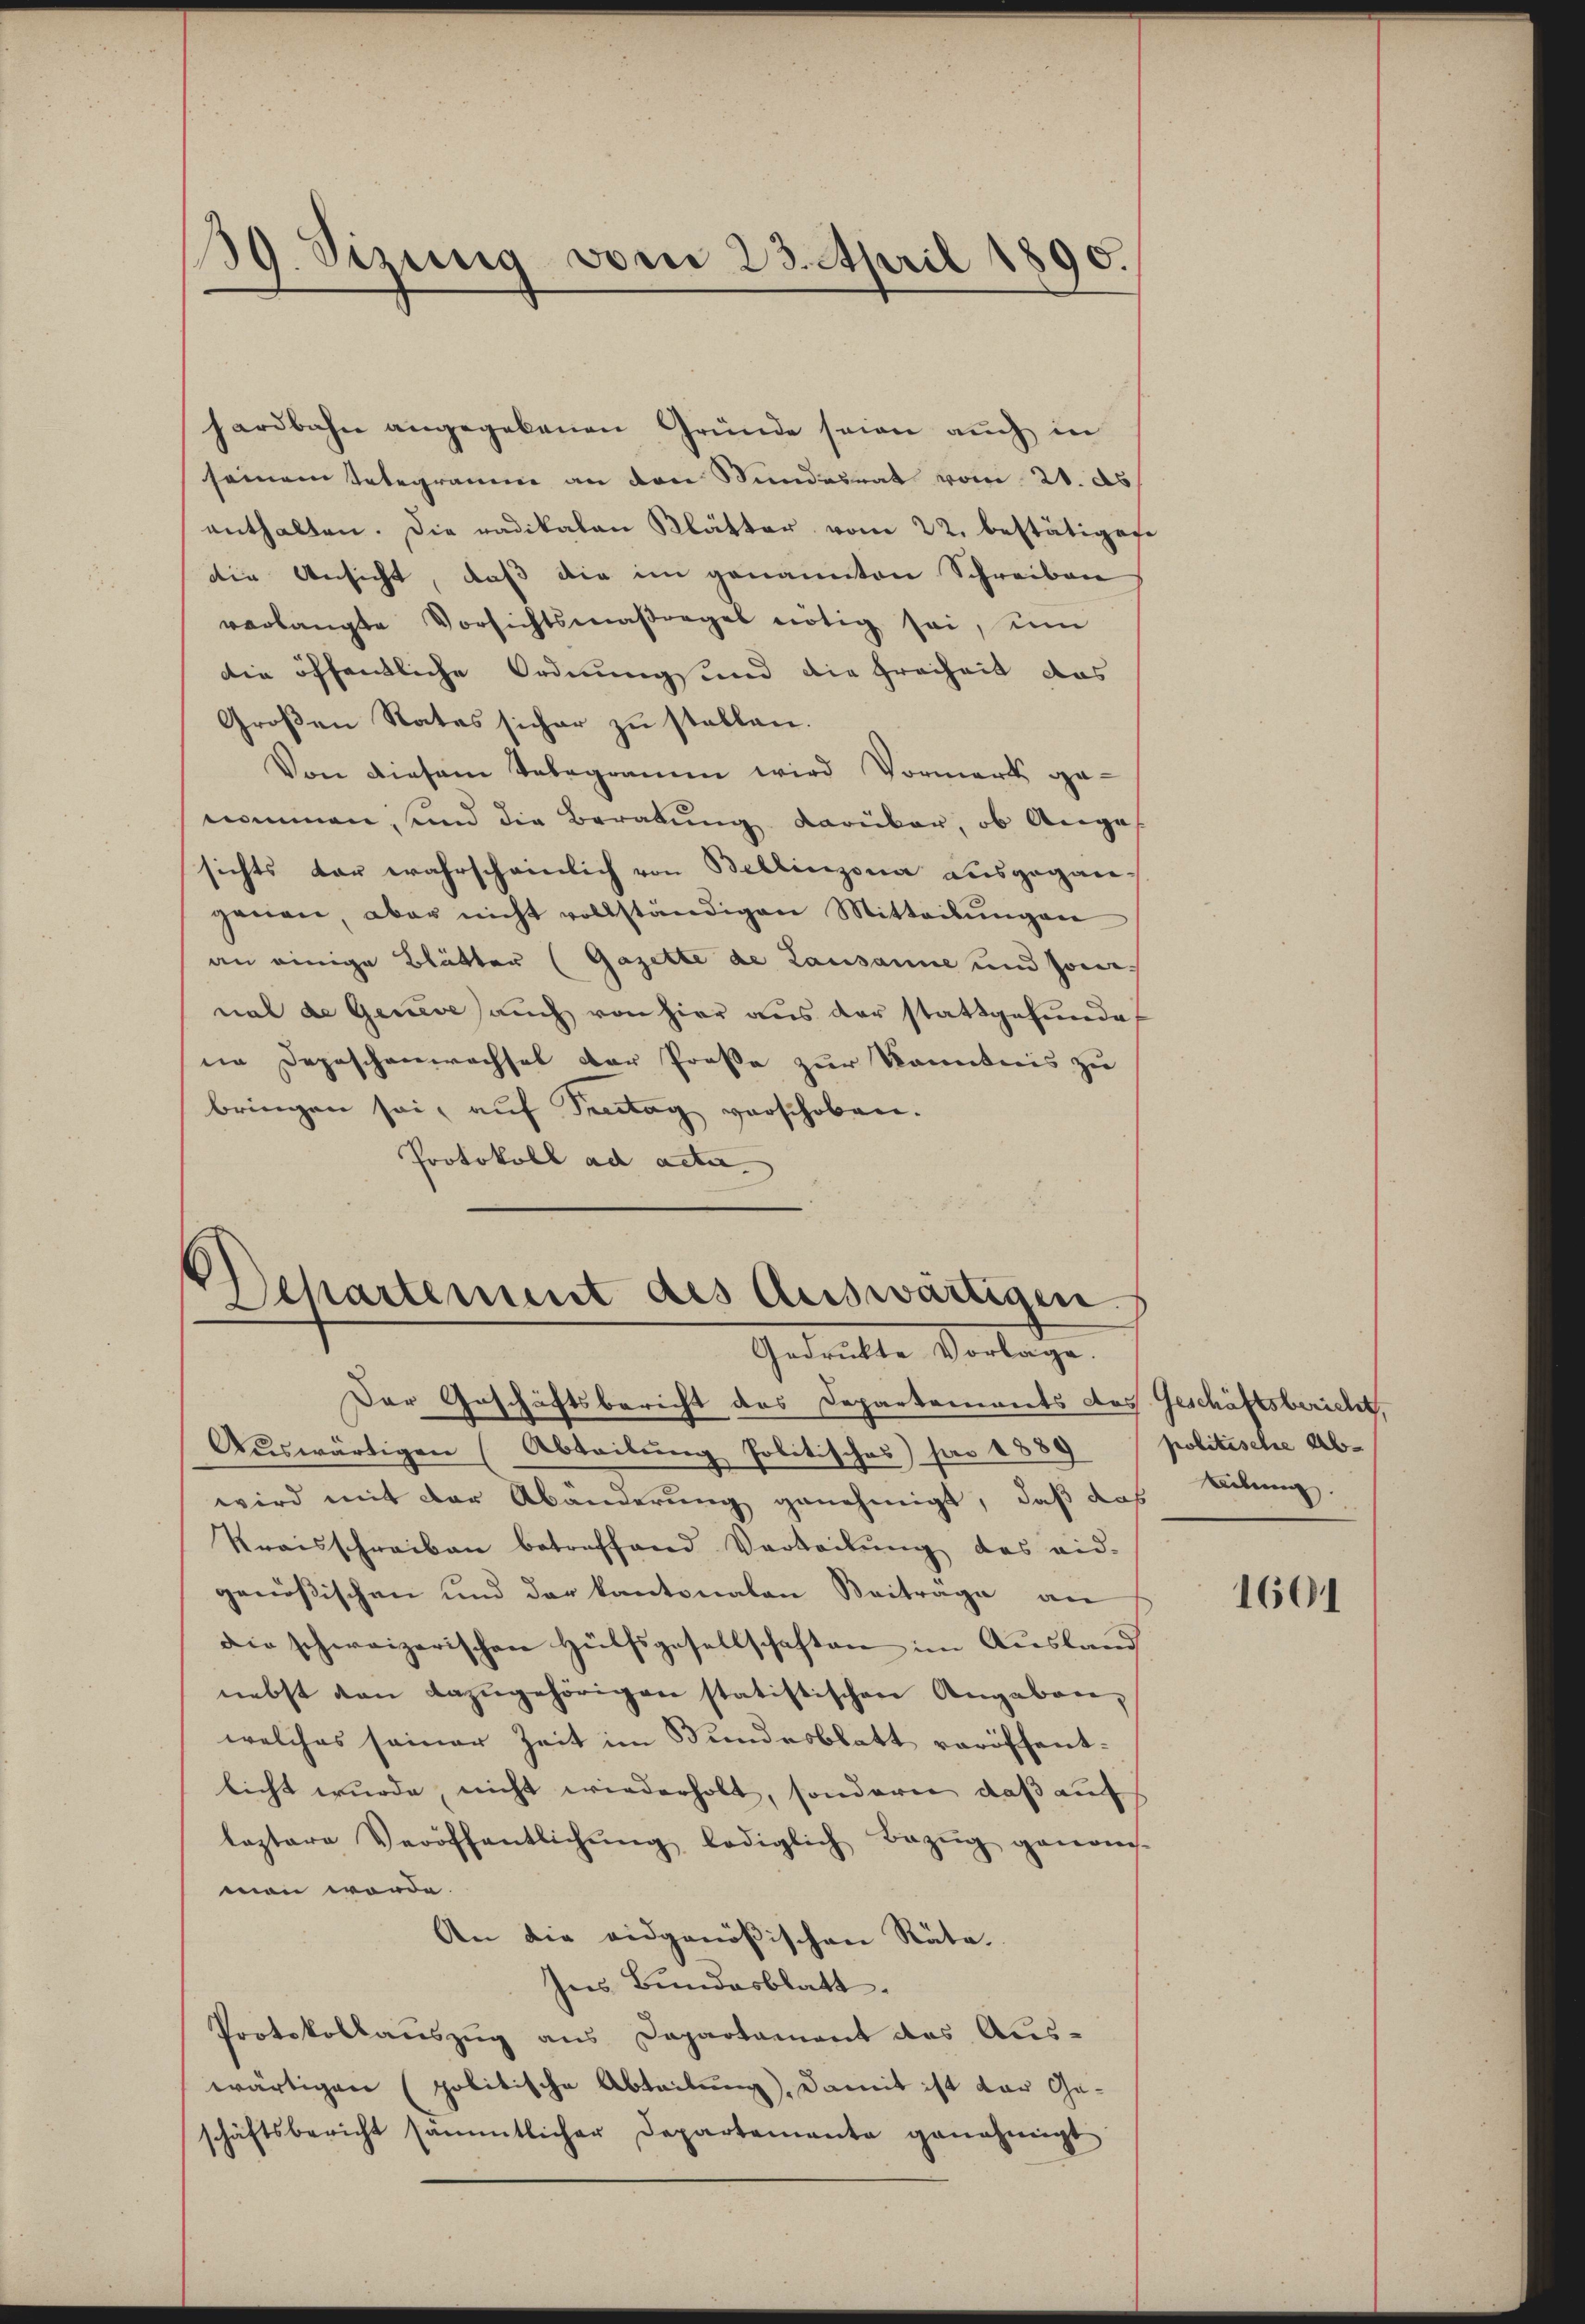
39. Sizung vom 23. April 1890.

hardbahn angegebenen Gründe seien auch in
seinem Telegramm an den Stundesrat vom 21. ds
enthalten. Die radikalen Klätter vom 22. bestätigese
die Ansicht, daß die im genannten Schreiben
verlangte Vorsichtsmaβrages nötig sei, um
die öffentliche Ordnungsund die Freiheit das
Großen Rates sicher zu stellen.
Von diesem Telegramm wird Vormerk genommen, und die Beratung darüber, ob Anges
sichts dar wahrscheinlich von Bellinzona ausgegangenau, aber nicht vollständigen Mitteilŭngen
an einige Blätter (Gazette de Lausanne und sonnal de Generes auch von hier aus der stattgefundet
ne Depeschenwachsel der Prose zur Kenntnis zu
bringen sei, auf Sentag verschoben.
Protokoll ad acta.

Departement des Auswärtigen
Gedrükte Vorlage.

Der Geschäftsbericht des Departements das Geschäftsbericht,
Auswärtigen (Abteibung Politisches par 1889
wird mit der Abänderung genehmigt, daß das
Kraisschreiben betreffend Verteilŭng des eid-
genößischen und der kantonalen Beitrage an
die schweizerischen Hülfsgesellschaften im Ausland
nebst von dazugehörigen statistischen Angaben,
welches seiner Zeit im Bundesblatt veröffentlicht wurde, nicht wiederholt, sondern, daß auf
leztere Veröffentlichŭng lediglich Bezŭg genom-
man werde.
An die eidgenößischen Räte.
hnes Bundesblatt.
Protokollauszug aus Departament des Aus-
wärtigen (politische Abteilung), damit ist der Geschäftsbericht sämmtlicher Departemente genehmigt

politische Ab¬
Leibung.

1601